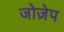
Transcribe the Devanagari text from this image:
जोज़ेप